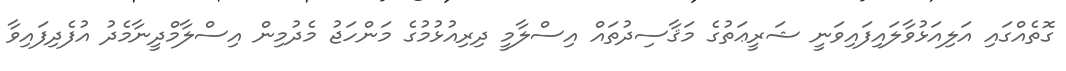
ގޮތެއްގައި އަލިއަޅުވާލައިފައިވަނީ ޝަރީޢަތުގެ މަޤާސިދުތައް އިސްލާމީ ދިރިއުޅުމުގެ މަންހަޖު މެދުމިން އިސްލާމްދީނާމެދު އުފެދިފައިވާ